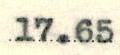
17.65